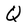
Character: Q